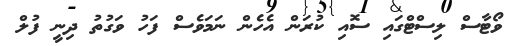
ވޯޓާސް ލިސްޓްގައި ސޮއި ކުރަން އެހެން ނަމަވެސް ފަހު ވަގުތު ދިނީ ފުލް